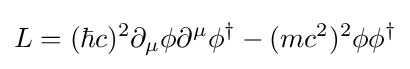
L=(\hbar c)^{2}\partial _{\mu }\phi \partial ^{\mu }\phi ^{\dagger }-(mc^{2})^{2}\phi \phi ^{\dagger }